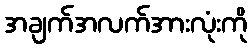
အချက်အလက်အားလုံးကို